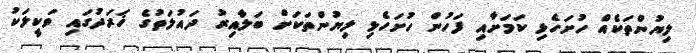
ލިޔުންތަކެއް ހުށަހެޅި ކަމަށާއި ފަހުން ހުށަހެޅި ލިޔުންތަކަށް ބަލާއިރު ދައުލަތުގެ ޚަރަދުގައި ވަކީލަކު